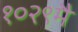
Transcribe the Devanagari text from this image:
१०२९मै